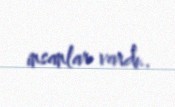
insanlar vardı..